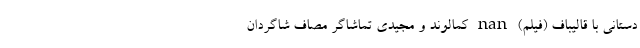
دستانی با قالیباف (فیلم) nan کمالوند و مجیدی تماشاگر مصاف شاگردان